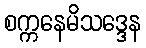
စက္ကနေမိသဒ္ဒေန